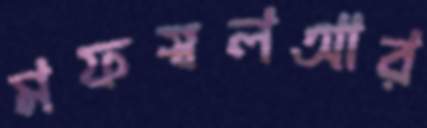
মফস্বলআর